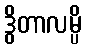
ဒွိတာလမ္ပိ